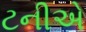
ટનીએ